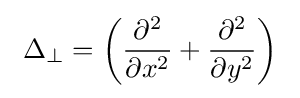
~\Delta _{\rm {\perp }}=\left({\frac {\partial ^{2}}{\partial x^{2}}}+{\frac {\partial ^{2}}{\partial y^{2}}}\right)~